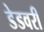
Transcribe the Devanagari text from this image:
डेडवरी